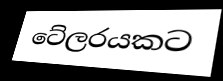
ටේලරයකට